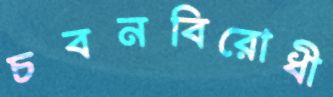
চবনবিরোধী